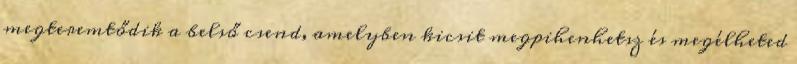
megteremtődik a belső csend, amelyben kicsit megpihenhetsz és megélheted